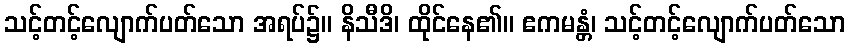
သင့်တင့်လျောက်ပတ်သော အရပ်၌။ နိသီဒိ၊ ထိုင်နေ၏။ ဧကမန္တံ၊ သင့်တင့်လျောက်ပတ်သော